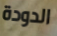
الدودة